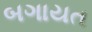
બગાયત